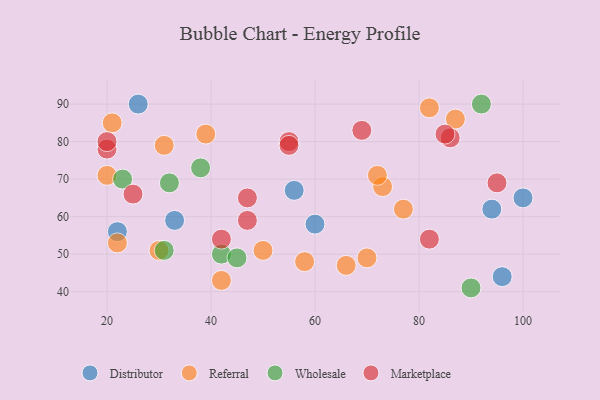
{"axis": {"x": "GDP", "y": "Life Expectancy"}, "legend": ["Distributor", "Marketplace", "Referral", "Wholesale"], "data": [{"x": "94", "y": 62, "type": "Distributor"}, {"x": "96", "y": 44, "type": "Distributor"}, {"x": "100", "y": 65, "type": "Distributor"}, {"x": "26", "y": 90, "type": "Distributor"}, {"x": "60", "y": 58, "type": "Distributor"}, {"x": "22", "y": 56, "type": "Distributor"}, {"x": "56", "y": 67, "type": "Distributor"}, {"x": "33", "y": 59, "type": "Distributor"}, {"x": "82", "y": 89, "type": "Referral"}, {"x": "66", "y": 47, "type": "Referral"}, {"x": "31", "y": 79, "type": "Referral"}, {"x": "70", "y": 49, "type": "Referral"}, {"x": "87", "y": 86, "type": "Referral"}, {"x": "73", "y": 68, "type": "Referral"}, {"x": "30", "y": 51, "type": "Referral"}, {"x": "58", "y": 48, "type": "Referral"}, {"x": "42", "y": 43, "type": "Referral"}, {"x": "72", "y": 71, "type": "Referral"}, {"x": "39", "y": 82, "type": "Referral"}, {"x": "77", "y": 62, "type": "Referral"}, {"x": "20", "y": 71, "type": "Referral"}, {"x": "21", "y": 85, "type": "Referral"}, {"x": "50", "y": 51, "type": "Referral"}, {"x": "22", "y": 53, "type": "Referral"}, {"x": "42", "y": 50, "type": "Wholesale"}, {"x": "38", "y": 73, "type": "Wholesale"}, {"x": "45", "y": 49, "type": "Wholesale"}, {"x": "92", "y": 90, "type": "Wholesale"}, {"x": "90", "y": 41, "type": "Wholesale"}, {"x": "32", "y": 69, "type": "Wholesale"}, {"x": "23", "y": 70, "type": "Wholesale"}, {"x": "31", "y": 51, "type": "Wholesale"}, {"x": "42", "y": 54, "type": "Marketplace"}, {"x": "25", "y": 66, "type": "Marketplace"}, {"x": "20", "y": 78, "type": "Marketplace"}, {"x": "86", "y": 81, "type": "Marketplace"}, {"x": "55", "y": 80, "type": "Marketplace"}, {"x": "82", "y": 54, "type": "Marketplace"}, {"x": "47", "y": 65, "type": "Marketplace"}, {"x": "55", "y": 79, "type": "Marketplace"}, {"x": "69", "y": 83, "type": "Marketplace"}, {"x": "85", "y": 82, "type": "Marketplace"}, {"x": "95", "y": 69, "type": "Marketplace"}, {"x": "20", "y": 80, "type": "Marketplace"}, {"x": "47", "y": 59, "type": "Marketplace"}]}